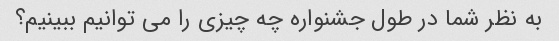
به نظر شما در طول جشنواره چه چیزی را می توانیم ببینیم؟